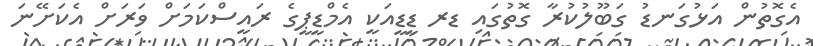
އެގޮތުން އަޅުގަނޑު ގަބޫލުކުރާ ގޮތުގައި ޑރ ޑީޑީއަކީ އެމްޑީޕީގެ ރައީސްކަމަށް ވަރަށް އެކަށޭނަ